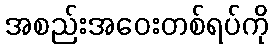
အစည်းအဝေးတစ်ရပ်ကို